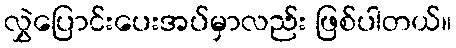
လွှဲပြောင်းပေးအပ်မှာလည်း ဖြစ်ပါတယ်။